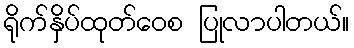
ရိုက်နှိပ်ထုတ်ဝေစ ပြုလာပါတယ်။